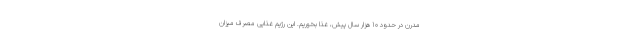
مدرن در حدود 10 هزار سال پیش، غذا بخوریم. این رژیم غذایی مصرف میزان